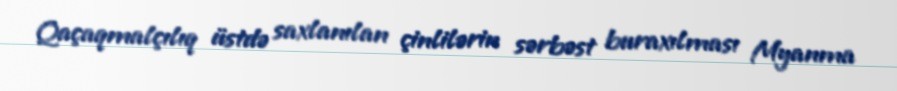
Qaçaqmalçılıq üstdə saxlanılan çinlilərin sərbəst buraxılması Myanma